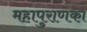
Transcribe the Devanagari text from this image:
महापुराणका